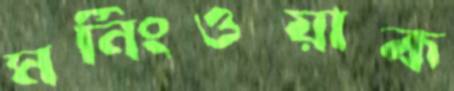
মর্নিংওয়াক